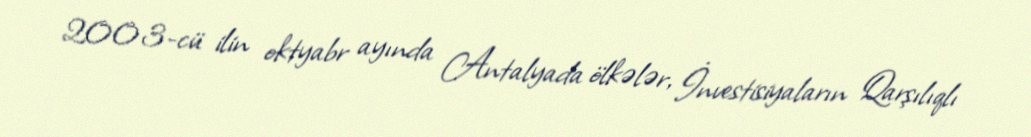
2003-cü ilin oktyabr ayında Antalyada ölkələr, İnvestisiyaların Qarşılıqlı